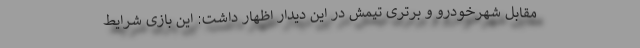
مقابل شهرخودرو و برتری تیمش در این دیدار اظهار داشت: این بازی شرایط